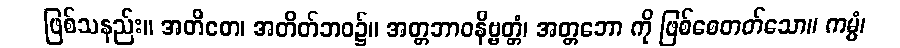
ဖြစ်သနည်း။ အတီတေ၊ အတိတ်ဘဝ၌။ အတ္တဘာဝနိဗ္ဗတ္တံ၊ အတ္တဘော ကို ဖြစ်စေတတ်သော။ ကမ္မံ၊